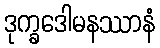
ဒုက္ခဒေါမနဿာနံ